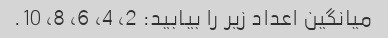
میانگین اعداد زیر را بیابید: 2، 4، 6، 8، 10.